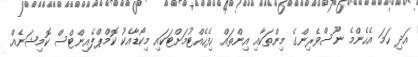
އަދި ހަމަ އެހެންމެ ނޫސްވެރިންގެ މިންތަކާއި އިންތައް ހިފެހެއްޓުމަށްޓަކައި މިކޯޑާއެކު ކޮމްޕްލެއިންޓްސް ކޮމިޝަނެއް